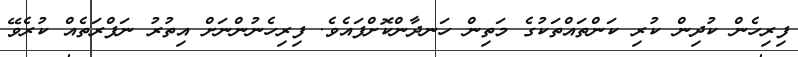
ފިރިހެން ކުދިން ކުރި ކަންތައްތަކުގެ މަތިން ހަނދާންކޮށްފައެވެ. ފިރިހެނުންނަށް އިތުރު ނަފްރަތެއް ކުރެވޭ